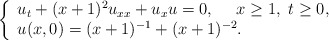
\begin{align*} \left\{ \begin{array}{l} u_{t}+(x+1)^2 u_{xx}+u_{x}u=0,\ \ \ \ x\geq 1,\ t\geq 0,\\ u(x,0)=(x+1)^{-1}+(x+1)^{-2}. \end{array} \right. \end{align*}